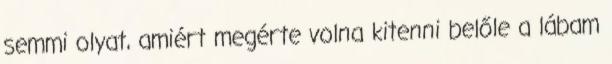
semmi olyat, amiért megérte volna kitenni belőle a lábam